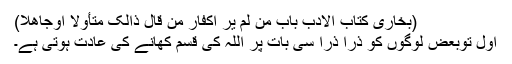
(بخاری کتاب الادب باب من لم یر اکفار من قال ذالک متأولا اوجاھلا)
اوّل توبعض لوگوں کو ذرا ذرا سی بات پر اللہ کی قسم کھانے کی عادت ہوتی ہے۔